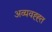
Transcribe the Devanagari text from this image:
अव्यवह्ह्त